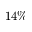
1 4 \%